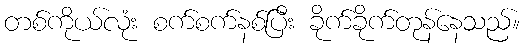
တစ်ကိုယ်လုံး စက်စက်နစ်ပြီး ခိုက်ခိုက်တုန်နေသည်။